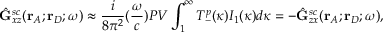
\hat { \mathbf { G } } _ { x z } ^ { s c } ( \mathbf { r } _ { A } ; \mathbf { r } _ { D } ; \omega ) \approx \frac { i } { 8 { \pi } ^ { 2 } } ( \frac { \omega } { c } ) P V \int _ { 1 } ^ { \infty } T _ { - } ^ { p } ( \kappa ) I _ { 1 } ( \kappa ) d { \kappa } = - \hat { \mathbf { G } } _ { z x } ^ { s c } ( \mathbf { r } _ { A } ; \mathbf { r } _ { D } ; \omega ) ,